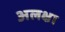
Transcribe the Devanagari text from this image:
अलक्षा